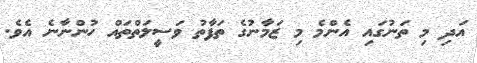
އަދި މި ތަނުގައި އެންމެ މި ޒަމާނުގެ ތަފާތު ވަސީލަތްތައް ހުންނާނެ އެވެ.